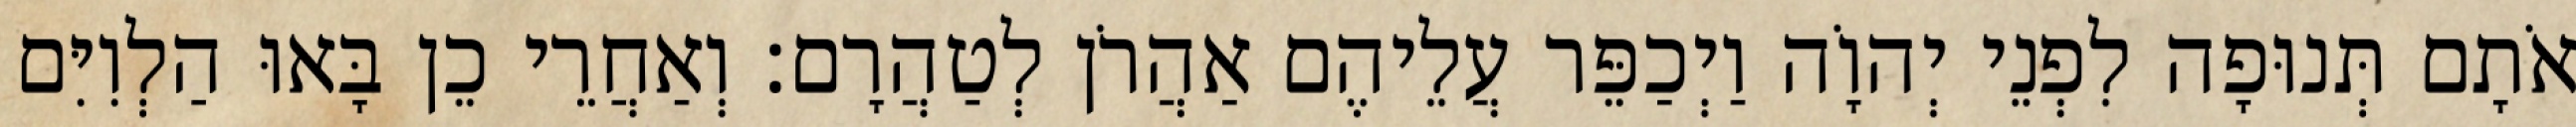
אֹתָם תְּנוּפָה לִפְנֵי יְהוָֹה וַיְכַפֵּר עֲלֵיהֶם אַהֲרֹן לְטַהֲרָם׃ וְאַחֲרֵי כֵן בָּאוּ הַלְוִיִּם